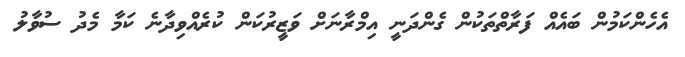
އެހެންކަމުން ބައެއް ފަރާތްތަކުން ގެންދަނީ އިމްރާނަށް ވަޒީރުކަން ކުރެއްވިދާނެ ކަމާ މެދު ސުވާލު